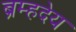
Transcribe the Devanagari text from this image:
ब्रम्हदेय